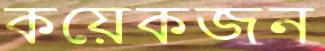
কয়েকজন